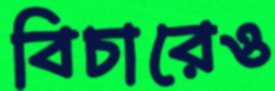
বিচারেও